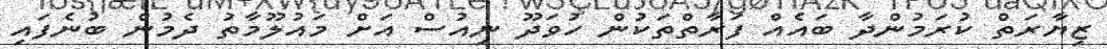
ޒިޔާރަތް ކުރަމުންދާ ބައެއް ފަރާތްތަކުން ހުވަދޫ ނިއުސް އަށް މައުލޫމާތު ދެމުން ބުނެފައި